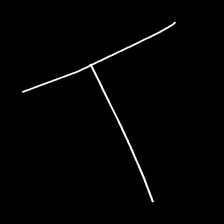
Glyph: column